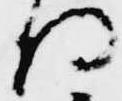
将